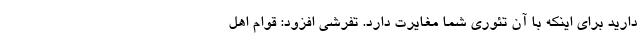
دارید برای اینکه با آن تئوری شما مغایرت دارد. تفرشی افزود: قوام اهل